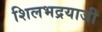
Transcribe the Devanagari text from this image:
शिलभद्रयाजी